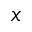
x